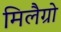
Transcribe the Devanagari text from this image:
मिलैग्रो